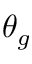
\theta _ { g }